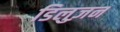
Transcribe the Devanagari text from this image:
डिलुज़न